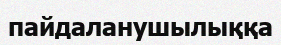
пайдаланушылыққа